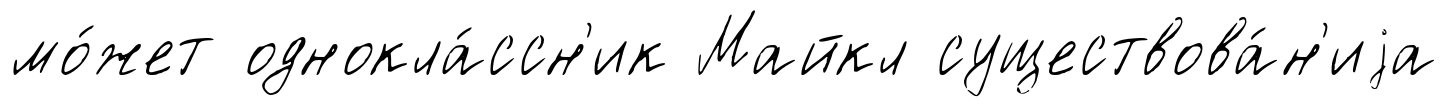
мо́жет однокла́ссн'ик Майкл существова́н'иjа